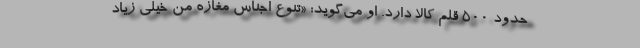
حدود ۵۰۰ قلم کالا دارد. او می‌گوید: «تنوع اجناس مغازه من خیلی زیاد